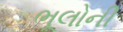
ભૂલોની